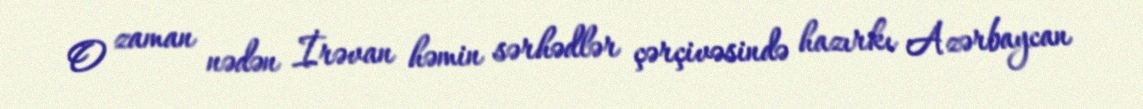
O zaman nədən İrəvan həmin sərhədlər çərçivəsində hazırkı Azərbaycan